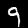
Label: 9